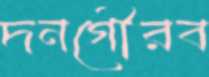
দনগৌরব